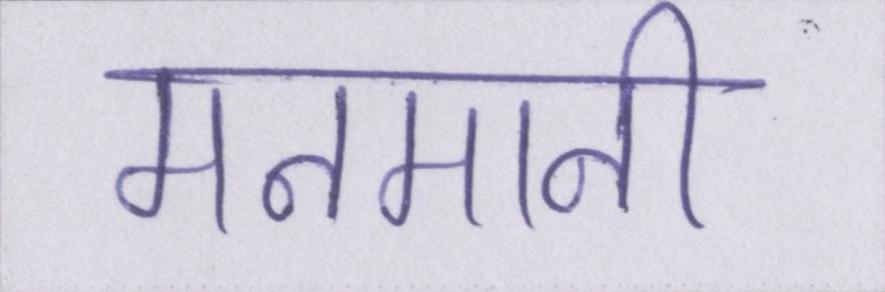
मनमानी